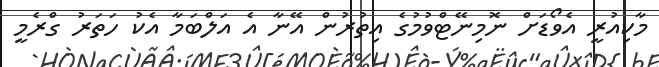
މާކިއުރީ އެވޯޑަށް ނޮމިނޭޓްވުމުގެ އިތުރުން އޭނާ އެ އަލްބަމާ އެކު ހަތަރު ގްރެމީ